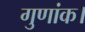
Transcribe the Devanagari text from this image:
गुणांक।